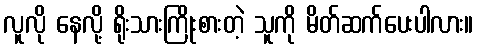
လူလို နေလို့ ရိုးသားကြိုးစားတဲ့ သူကို မိတ်ဆက်ပေးပါလား။